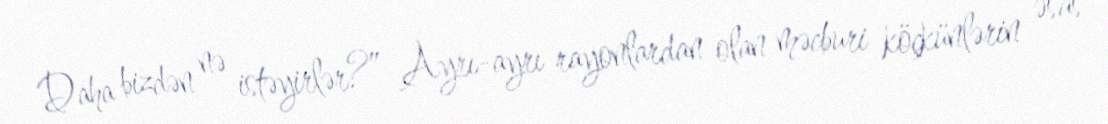
Daha bizdən nə istəyirlər?” Ayrı-ayrı rayonlardan olan məcburi köçkünlərin əsas